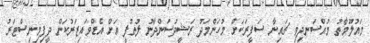
މައުލޫމާތު މުއްސަނދިވި ޗައިނާ ސަފީރަކަށް މުހަންމަދު ރަޝީދުސަންދާނު ލުތުފީ އަށް އެޑްވައިޒަރުކަން ދީފިމިނިސްޓަރު